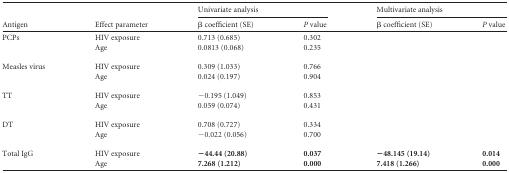
<table><thead><tr><td rowspan="2"><b>Antigen</b></td><td rowspan="2"><b>Effect parameter</b></td><td colspan="2"><b>Univariate analysis</b></td><td colspan="2"><b>Multivariate analysis</b></td></tr><tr><td><b>β coefficient (SE)</b></td><td><b><i>P</i> value</b></td><td><b>β coefficient (SE)</b></td><td><b><i>P</i> value</b></td></tr></thead><tbody><tr><td>PCPs</td><td>HIV exposure</td><td>0.713 (0.685)</td><td>0.302</td><td></td><td></td></tr><tr><td></td><td>Age</td><td>0.0813 (0.068)</td><td>0.235</td><td></td><td></td></tr><tr><td>Measles virus</td><td>HIV exposure</td><td>0.309 (1.033)</td><td>0.766</td><td></td><td></td></tr><tr><td></td><td>Age</td><td>0.024 (0.197)</td><td>0.904</td><td></td><td></td></tr><tr><td>TT</td><td>HIV exposure</td><td>−0.195 (1.049)</td><td>0.853</td><td></td><td></td></tr><tr><td></td><td>Age</td><td>0.059 (0.074)</td><td>0.431</td><td></td><td></td></tr><tr><td>DT</td><td>HIV exposure</td><td>0.708 (0.727)</td><td>0.334</td><td></td><td></td></tr><tr><td></td><td>Age</td><td>−0.022 (0.056)</td><td>0.700</td><td></td><td></td></tr><tr><td>Total IgG</td><td>HIV exposure</td><td><b>−44.44 (20.88)</b></td><td><b>0.037</b></td><td><b>−48.145 (19.14)</b></td><td><b>0.014</b></td></tr><tr><td></td><td>Age</td><td><b>7.268 (1.212)</b></td><td><b>0.000</b></td><td><b>7.418 (1.266)</b></td><td><b>0.000</b></td></tr></tbody></table>